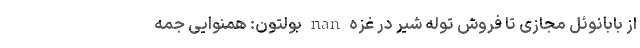
از بابانوئل مجازی تا فروش توله شیر در غزه nan بولتون: همنوایی جمه